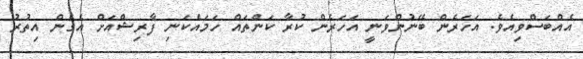
އެއްބަސްވިއެވެ. އަހަރެން ބޭނުންވަނީ އަހަރެން ކުރާ ކަންތައް ހަމައެކަނި ފާރިޝްއަށް އެގެން އިތުރު